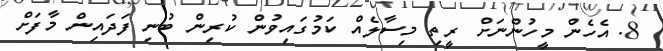
8. އެހެން މީހުންނަށް ރީތި މިސާލެއް ކަމުގައިވުން ކުރިން ބުނި ފަދައިން މާފަށް